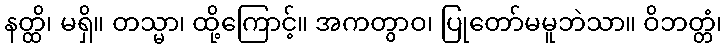
နတ္ထိ၊ မရှိ။ တသ္မာ၊ ထို့ကြောင့်။ အကတွာဝ၊ ပြုတော်မမူဘဲသာ။ ဝိဘတ္တံ၊